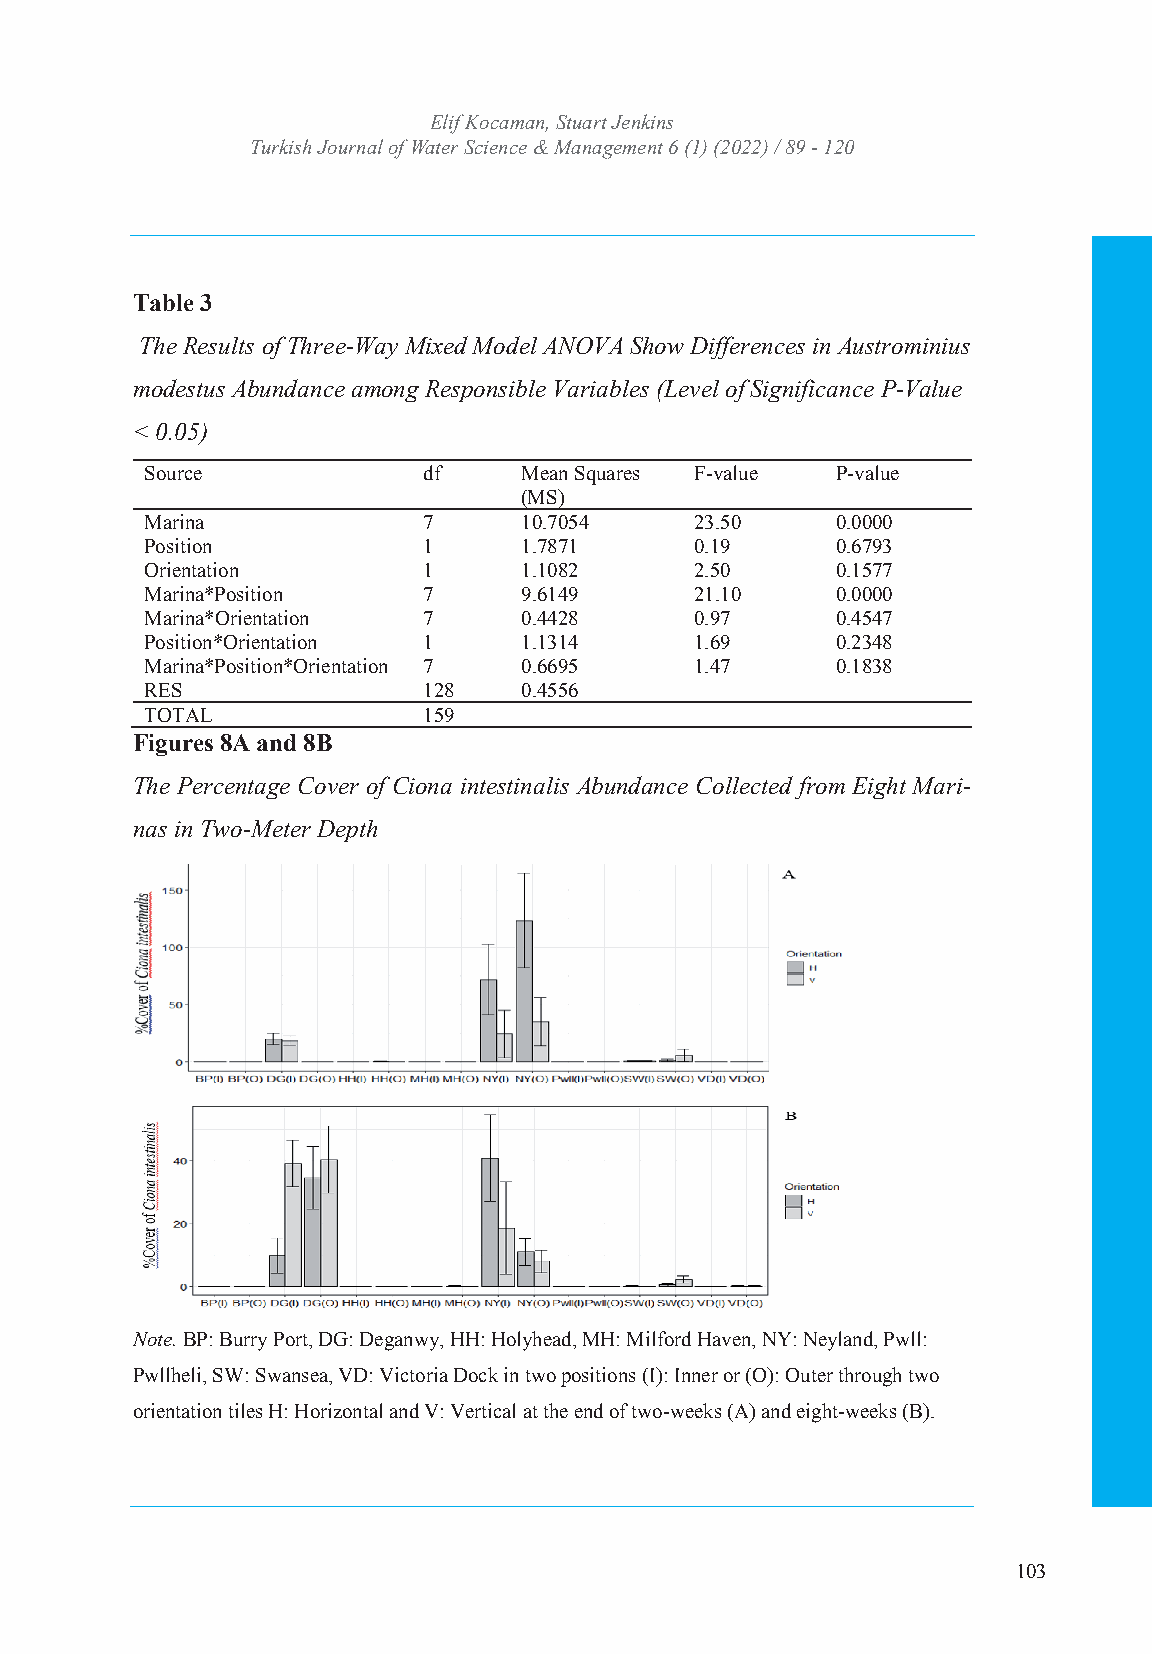
Turkish JoEulrinf aKl oocfa Wmaatne,r SStcuiaerntc Jee &nk Minsanagement
 Turkish Journal of WIaStSeNr: S2c53ie6n 4c7e4 X& / eM-IaSSnNa:g 2e5m64e-n7t3 364 (1) (2022) / 89 - 120
 Volume: 6 Issue: 1 Year: 2022
 Table 3
 The Results of Three-Way Mixed Model ANOVA Show Differences in Austrominius
 modestus Abundance among Responsible Variables (Level of Significance P-Value
 < 0.05)
 Source            df    Mean Squares F-value P-value
 (MS)
 Marina            7     10.7054     23.50    0.0000
 Position          1     1.7871      0.19     0.6793
 Orientation       1     1.1082      2.50     0.1577
 Marina*Position   7     9.6149      21.10    0.0000
 Marina*Orientation 7    0.4428      0.97     0.4547
 Position*Orientation 1  1.1314      1.69     0.2348
 Marina*Position*Orientation 7 0.6695 1.47    0.1838
 RES               128   0.4556
 TOTAL             159
 Figures 8A and 8B
 The Percentage Cover of Ciona intestinalis Abundance Collected from Eight Mari-
 nas in Two-Meter Depth
 Note. BP: Burry Port, DG: Deganwy, HH: Holyhead, MH: Milford Haven, NY: Neyland, Pwll:
 Pwllheli, SW: Swansea, VD: Victoria Dock in two positions (I): Inner or (O): Outer through two
 orientation tiles H: Horizontal and V: Vertical at the end of two-weeks (A) and eight-weeks (B).
 103
 15